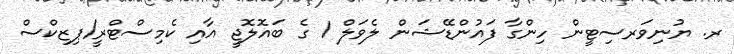
ރ. ޔުނިވަރސިޓީން ހިންގާ ފައުންޑޭޝަން ލެވަލް 1 ގެ ބައޮލޮޖީ އާއި ކެމިސްޓްރީ/ޕިޒިކްސް